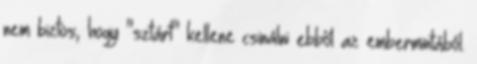
nem biztos, hogy "sztárt" kellene csinálni ebből az embermintából.